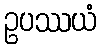
ဥပဿယံ